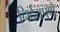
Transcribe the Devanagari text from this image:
निर्दयपणे